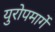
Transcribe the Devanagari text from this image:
युरोपमार्गे